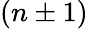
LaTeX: (n\pm 1)